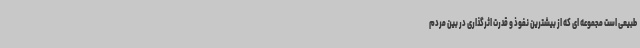
طبیعی است مجموعه ای که از بیشترین نفوذ و قدرت اثرگذاری در بین مردم